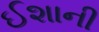
ઈશાની